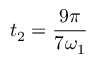
t _ { 2 } = \frac { 9 \pi } { 7 \omega _ { 1 } }